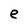
Character: e